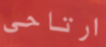
ارتاحي